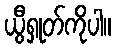
ယွီရှုတ်ကိုပါ။